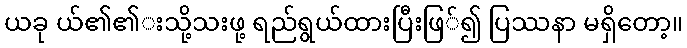
ယခု ယ်၏၏းသို့သးဖု့ ရည်ရွယ်ထားပြီးဖြ်၍ ပြဿနာ မရှိတော့။